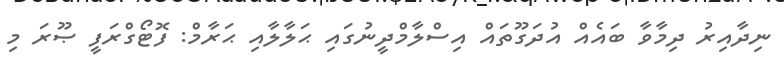
ނިދާއިރު ދިމާވާ ބައެއް އުދަގޫތައް އިސްލާމްދީނުގައި ޙަލާލާއި ޙަރާމް: ފޮޓޯގްރަފީ ޞޫރަ މި